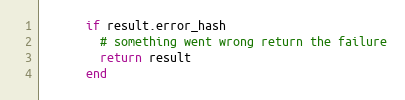
Language: Ruby
      if result.error_hash
        # something went wrong return the failure
        return result
      end